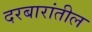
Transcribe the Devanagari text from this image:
दरबारांतील